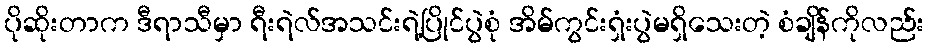
ပိုဆိုးတာက ဒီရာသီမှာ ရီးရဲလ်အသင်းရဲ့ပြိုင်ပွဲစုံ အိမ်ကွင်းရှံးပွဲမရှိသေးတဲ့ စံချိန်ကိုလည်း